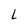
Character: l